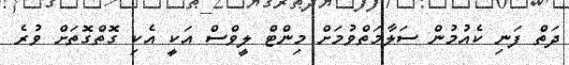
ދަތް ފަނި ކެއުމުން ސަލާމަތްވުމަށް މިންޓް ލީވްސް އަކީ އެކި ގޮތްގޮތަށް ވުރެ